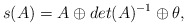
\begin{align*}s(A)=A\oplus det(A)^{-1}\oplus\theta, \end{align*}